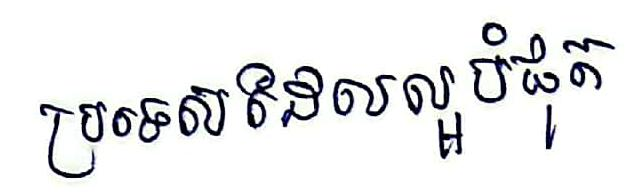
ប្រទេសដែលល្អបំផុត